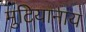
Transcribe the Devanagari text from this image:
मुटियानाय